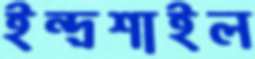
ইন্দ্রশাইল